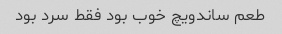
طعم ساندویچ خوب بود فقط سرد بود